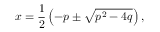
x = { \frac { 1 } { 2 } } \left( - p \pm { \sqrt { p ^ { 2 } - 4 q } } \right) ,